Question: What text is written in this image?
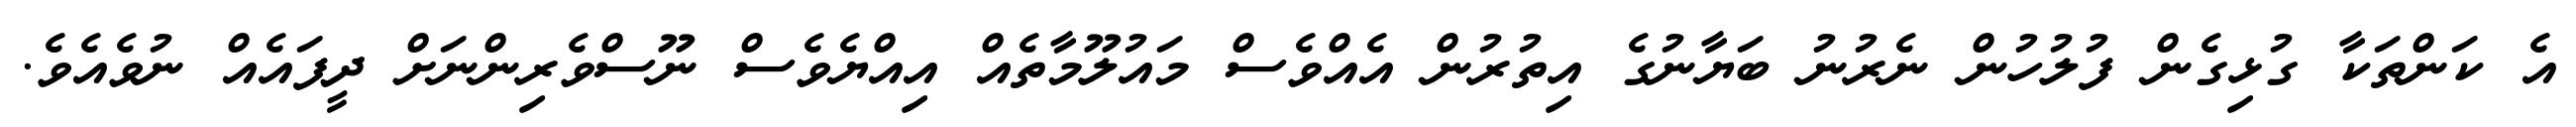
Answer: އެ ކަންތަކާ ގުޅިގެން ފުލުހުން ނެރުނު ބަޔާނުގެ އިތުރުން އެއްވެސް މައުލޫމާތެއް އިއްޔެވެސް ނޫސްވެރިންނަށް ދީފައެއް ނުވެއެވެ.